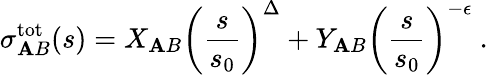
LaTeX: \sigma_{\mathbf{A}B}^{\mathrm{{tot}}}(s)=X_{\mathbf{A}B}\left(\frac{{s}}{{s_{0}}}\right)^{\Delta}+Y_{\mathbf{A}B}\left(\frac{{s}}{{s_{0}}}\right)^{-\epsilon}\ .